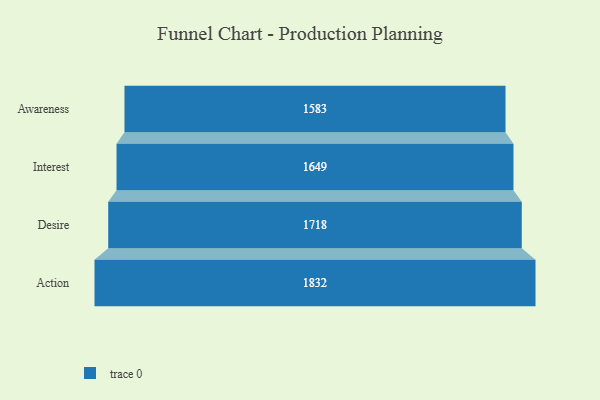
{"axis": {"x": "Stage", "y": "Value"}, "legend": [""], "data": [{"x": "Awareness", "y": 1583.0, "type": ""}, {"x": "Interest", "y": 1649.0, "type": ""}, {"x": "Desire", "y": 1718.0, "type": ""}, {"x": "Action", "y": 1832.0, "type": ""}]}